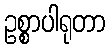
ဥစ္စာပါရုတာ